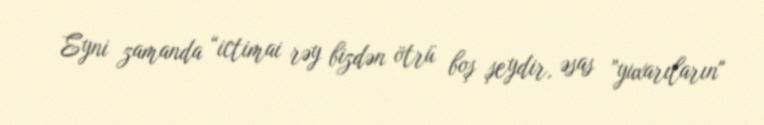
Eyni zamanda “ictimai rəy bizdən ötrü boş şeydir, əsas ”yuxarıların"